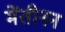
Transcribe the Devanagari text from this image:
मेंतीनन